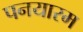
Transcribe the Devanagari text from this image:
पनयारम